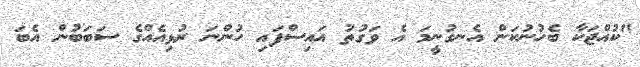
"ކުއްޖަކާ ބެހުނުކަން އެނގުނީމަ އެ ވަގުތު އައިސްފައި ހުންނަ ރުޅިއެއްގެ ސަބަބުން އެބަ